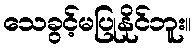
သေခွင့်မပြုနိုင်ဘူး။